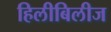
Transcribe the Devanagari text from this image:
हिलीबिलीज